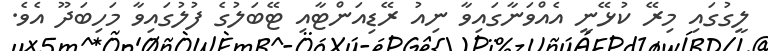
ލީގުގައި މިރޭ ކުޅޭނީ އެއްވަނާގައިވާ ނިއު ރޭޑިއަންޓާއި ޓޭބަލުގެ ފުލުގައިވާ މަހިބަދޫ އެވެ.